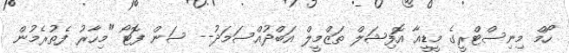
ހޯމް މިނިސްޓްރީގެ މީޑީއާ އޮފިޝަލް ތަޒްމީލް އަބްދުއްސަމަދު-- ސަން ފޮޓޯ "މިހާރު ފެތުރެމުން